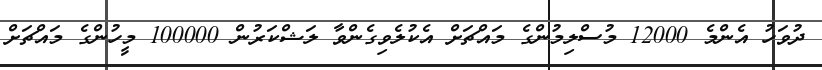
ދުވަހު އެންމެ 12000 މުސްލިމުންގެ މައްޗަށް އެކުލެވިގެންވާ ލަޝްކަރުން 100000 މީހުންގެ މައްޗަށް